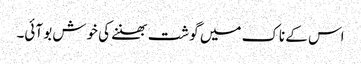
اس کے ناک میں گوشت بھننے کی خوش بو آئی۔